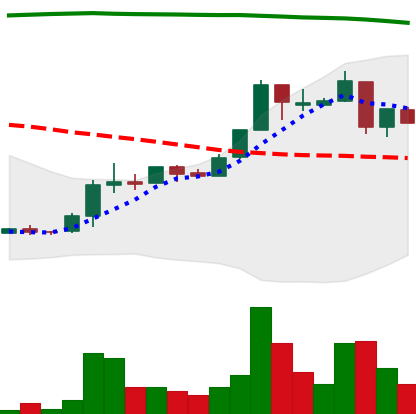
Ticker: XRP-USD
Chart end date: 2018-04-27
Forward return: 5.555%
Label: up_5_7